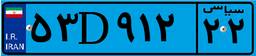
۵۳D۹۱۲۲۲